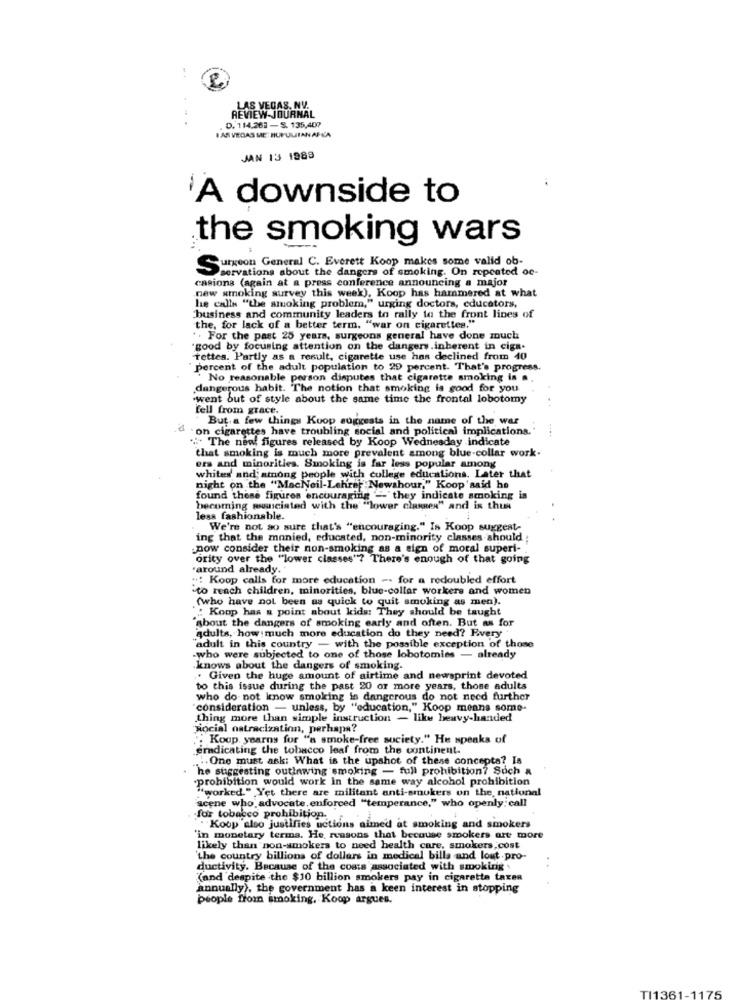
REVIEW-JOURNAL
LAS VEGAS, NV.
D. 114,262 - S. 135,407
I AS VEGAS ME: HUPULITAN AFL'A
JAN 13 1989
A downside to
the smoking wars
Surgeon General C. Everett Koop makes some valid ob-
>servations about the dangers of smoking. On repeated oe-
casions (again at a press conference announcing a major
new smoking survey this week). Koop has hammered at what
he calls "the smoking problem," urging doctors, educators,
business and community leaders to rally to the front lines of
the, for lack of a better term. "war on cigarettes."
. . For the past 25 years, surgeons general have done much
good by focusing attention on the dangers inherent in ciga-
Tettes. Partly as a result, cigarette use has declined from 40
percent of the adult population to 29 percent. That's progress.
No reasonable person disputes that cigarette smoking is a.
dangerous habit. The notion that smoking is good for you
.went out of style about the same time the frontal lobotomy
fell from grace.
But.a few things Koop suggests in the name of the war
on cigarettes have troubling social and political implications.
. The new! figures released by Koop Wednesday indicate
that smoking is much more prevalent among blue-collar work-
ers and minorities. Smoking is far less popular among
whites' and among people with college educations. Later that
night on the "MacNeil-Lehre Newshour," Koop'said he
found these figures encouraging - they indicate smoking is
becoming pusuciated with the' ""lower classes" and is thus
less fashionable.
We're not so sure that's "encouraging." Is Koop suggest-
ing that the monied, educated, non-minority classes should
.now consider their non-smoking as a sign of moral superi-
ority over the "lower classes'? There's enough of that going
around already.
": Koop calls for more education -. for a redoubled effort
to reach children, minorities, blue-collar workers and women
(who have not been as quick to quit smoking as men).
" Koop has & point about kids: They should be taught
"about the dangers of smoking early and often. But as for
adults, how much more education do they need? Every
"adult in this country - with the possible exception of those
-who were subjected to one of those lobotomies - already
.knows about the dangers of smoking.
Given the huge amount of airtime and newsprint devoted
to this issue during the past 20 or more years, those adults
who do not know smoking in dangerous do not need further
consideration - unless, by "education," Koop means some-
thing more than simple instruction - like heavy-handed
Hocial ostracization, perhaps?
"Koop yearny for "a smoke-free society." He speaks of
eradicating the tobacco leaf from the continent.
.. One must ask: What is the upshot of these concepta? Is
he suggesting outlawing smoking - full prohibition? Such &
.prohibition would work in the same way alcohol prohibition
"worked." Yet there are militant anti-smokers on the national
scene who advocate. enforced "temperance," who openly: call
for tobacco prohibition.
Koop also justifies uctions aimed at smoking and smokers
'in monetary terma. He, reasons that because smokers are more
likely than non-smokers to need health care, smokers,cost
'the country billions of dollars in medical bills and lout .pro-
ductivity. Because of the costs associated with smokinig .
(and despite the $10 billion smokers pay in cigaretta taxen
annually), the government has a keen interest in stopping
people from smoking, Koop argues.
TI1361-1175